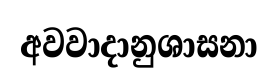
අවවාදානුශාසනා